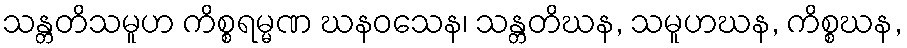
သန္တတိသမူဟ ကိစ္စရမ္မဏ ဃနဝသေန၊ သန္တတိဃန, သမူဟဃန, ကိစ္စဃန,